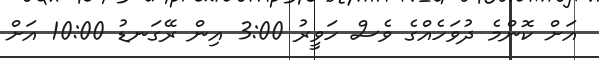
އަށް ކޮންމެ ދުވަހެއްގެ ވެސް ހަވީރު 3:00 އިން ރޭގަނޑު 10:00 އަށް